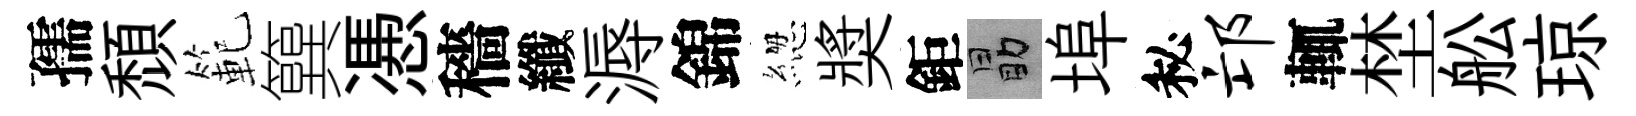
孺頹範簨慿穡纖溽錦緫奬鉅勗埠秘邙輒埜舩琼